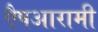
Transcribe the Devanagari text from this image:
एैषआरामी